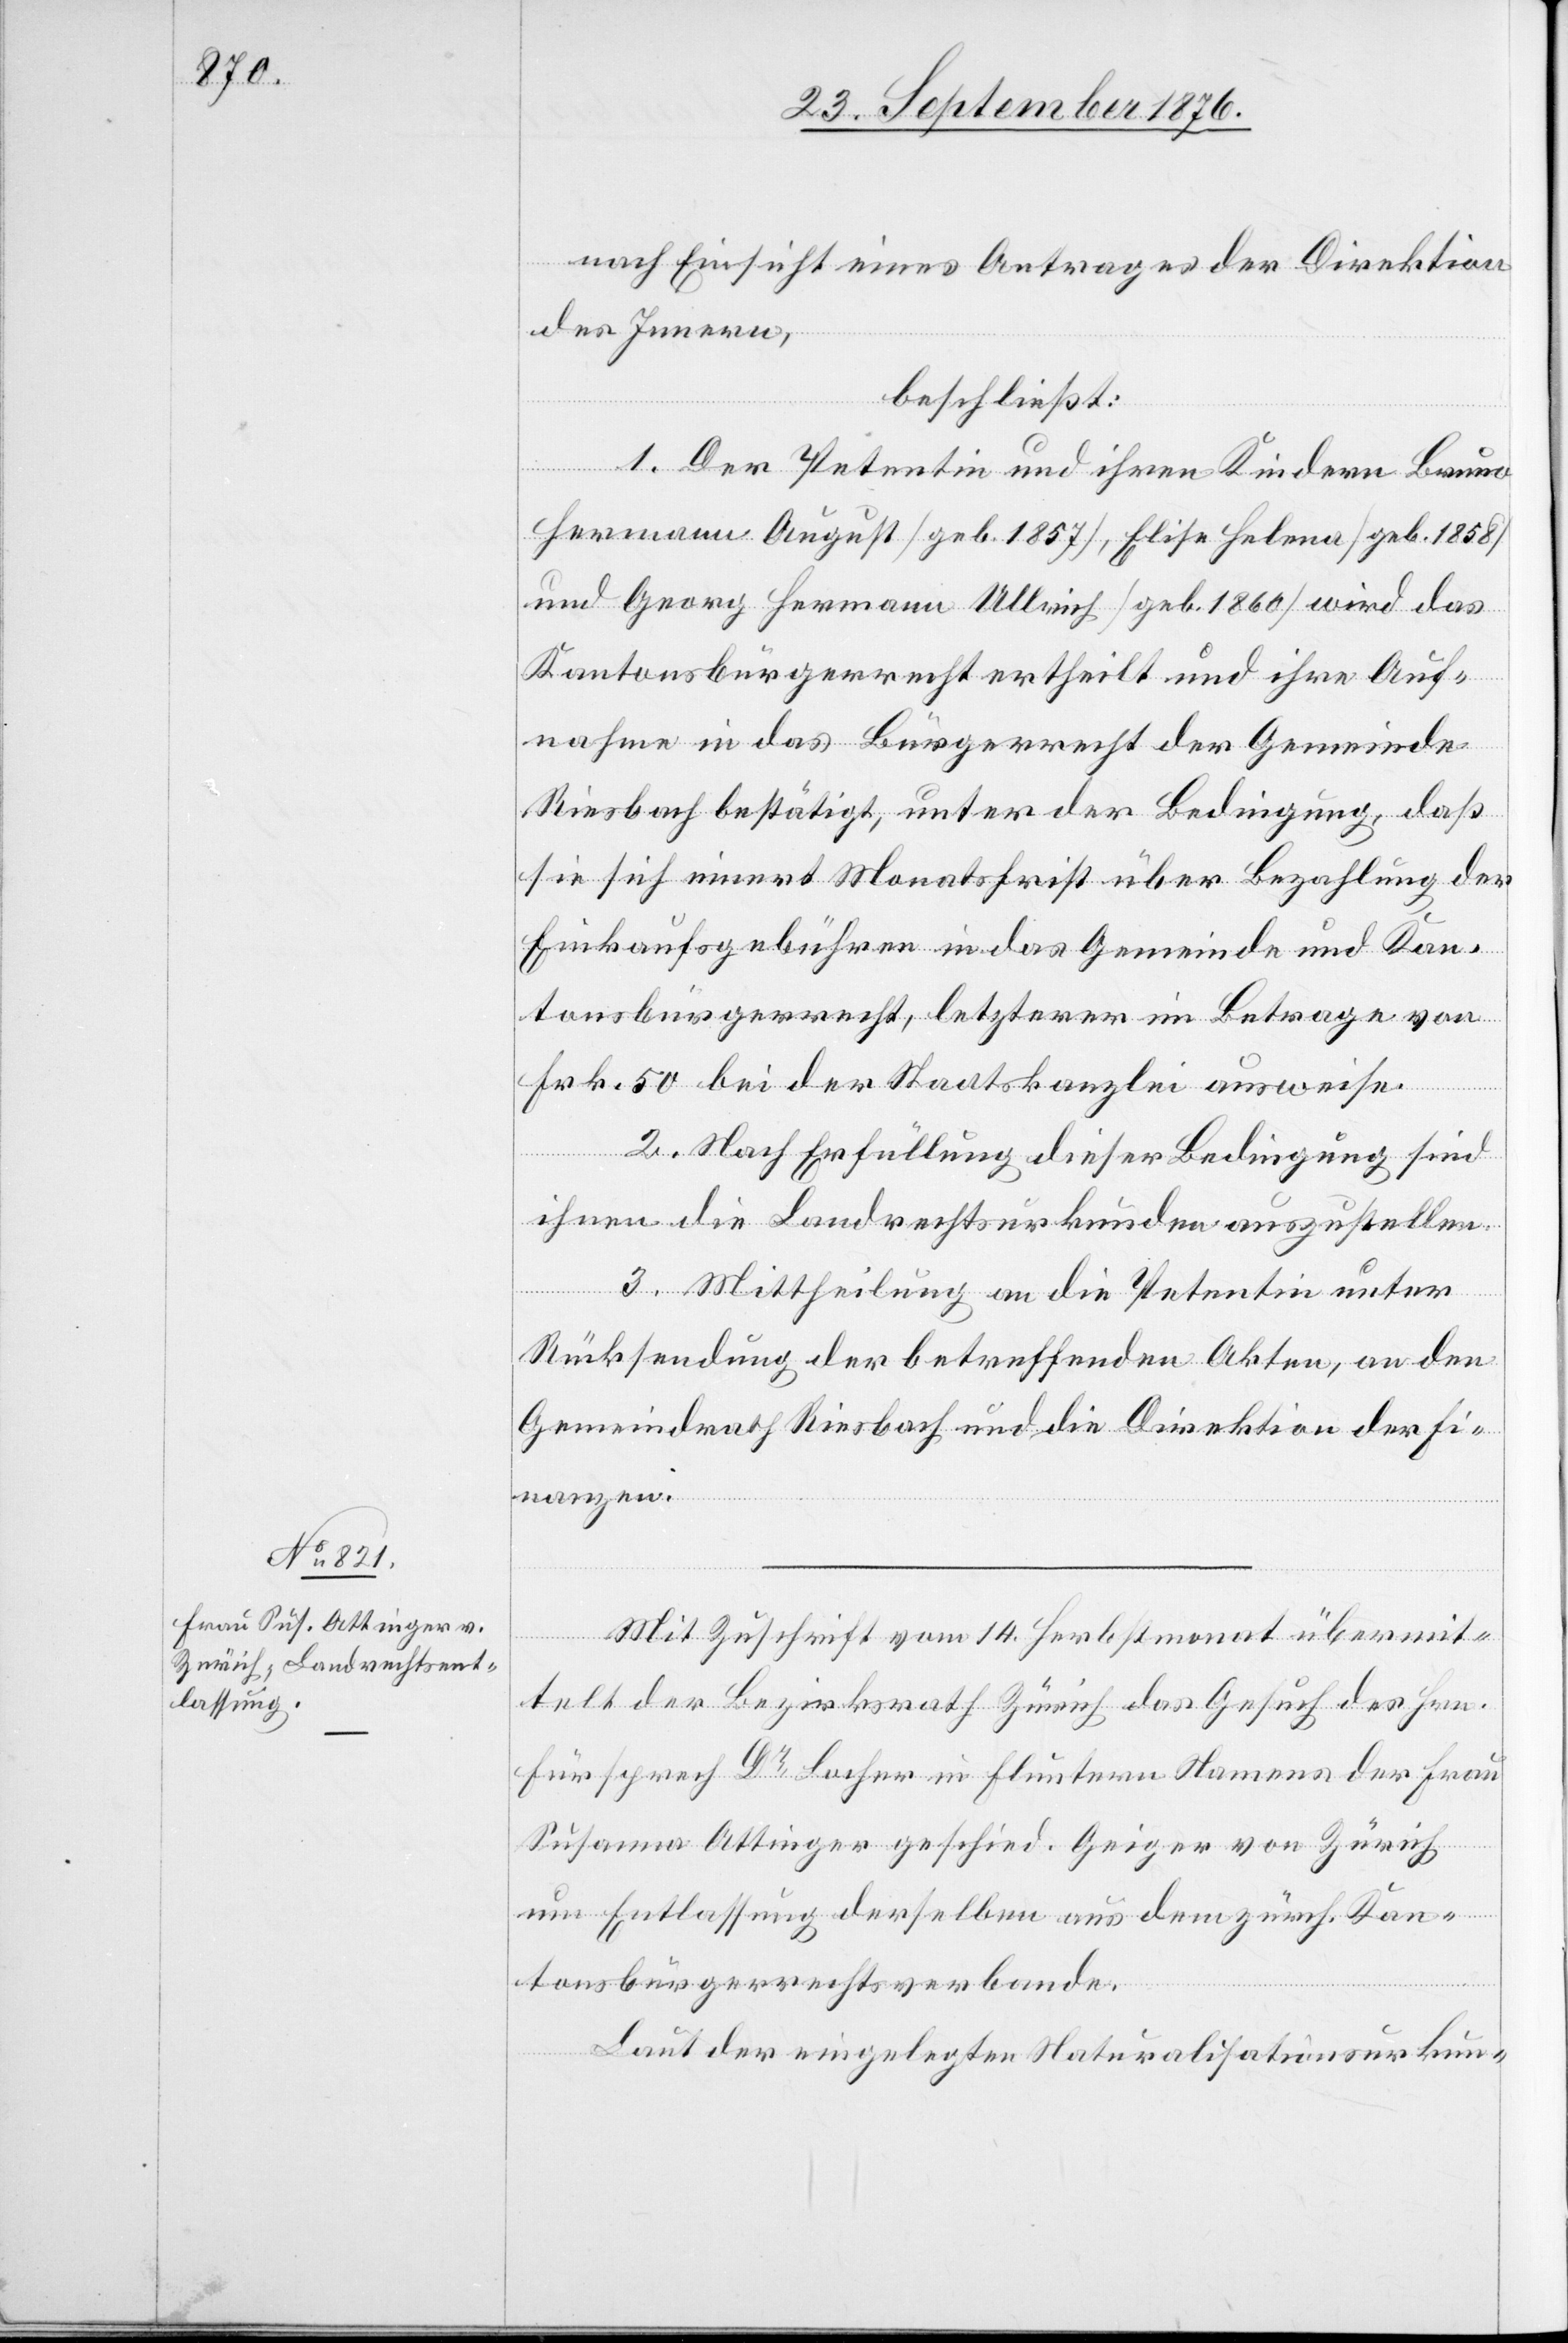
nach Einsicht eines Antrages der Direktion
des Innern,
beschließt:
1. Der Petentin und ihren Kindern Bruno
Hermann August [geb. 1857], Elisa Helena [geb. 1858]
und Georg Hermann Ullrich [geb. 1860] wird das
Kantonsbürgerrecht ertheilt und ihre Auf¬
nahme in das Bürgerrecht der Gemeinde
Riesbach bestätigt, unter der Bedingung, daß
sie sich innert Monatsfrist über Bezahlung der
Einkaufsgebühren in das Gemeinde und Kan¬
tonsbürgerrecht, letzterer im Betrage von
Frk. 50 bei der Staatskanzlei ausweise.
2. Nach Erfüllung dieser Bedingung sind
ihnen die Landrechtsurkunden auszustellen.
3. Mittheilung an die Petentin unter
Rücksendung der betreffenden Akten, an den
Gemeindrath Riesbach und die Direktion der Fi¬
nanzen.
Mit Zuschrift vom 14. Herbstmonat übermit¬
telt der Bezirksrath Zürich das Gesuch des Hrn.
Fürsprech Dr Locher in Fluntern Namens der Frau
Susanna Ottinger geschied. Geiger von Zürich
um Entlassung derselben aus dem zürch. Kan¬
tonsbürgerrechtsverbande.
Laut der eingelegten Naturalisationsurkun-